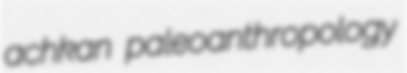
achkan paleoanthropology